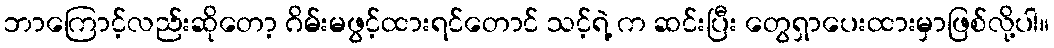
ဘာကြောင့်လည်းဆိုတော့ ဂိမ်းမဖွင့်ထားရင်တောင် သင့်ရဲ့ က ဆင်းပြီး တွေရှာပေးထားမှာဖြစ်လို့ပါ။